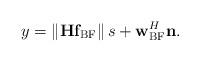
LaTeX: \begin{align*} y = \left\| {{\bf{H}}{{\bf{f}}_{{\rm{BF}}}}} \right\|s + {\bf w}^H_{\rm BF}{\bf n}.\end{align*}